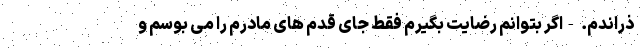
ذراندم. -اگر بتوانم رضایت بگیرم فقط جای قدم های مادرم را می بوسم و